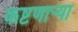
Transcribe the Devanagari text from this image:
कष्टणार्‍या